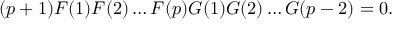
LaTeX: ( p + 1 ) F ( 1 ) F ( 2 ) \ldots F ( p ) G ( 1 ) G ( 2 ) \ldots G ( p - 2 ) = 0 .